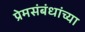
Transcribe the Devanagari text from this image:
प्रेमसंबंधांच्या